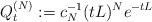
LaTeX: \begin{align*} Q_t^{(N)}:=c_N^{-1}(tL)^{N} e^{-tL}\end{align*}